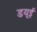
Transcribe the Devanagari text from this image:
डयूई